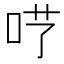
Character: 𠰖